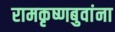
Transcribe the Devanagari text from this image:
रामकृष्णबुवांना